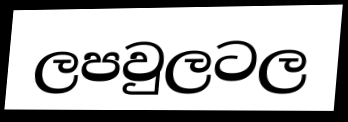
ලපවුලටල